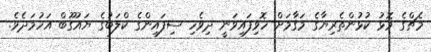
މެޗްގެ މޮޅު ކުޅުންތެރިޔާގެ މަގާމަށް ހޮވިފައިވަނީ ދިވެހި ސިފައިންގެ ކްލަބުގެ ޔައުގޫބް އަހުމަދެވެ.